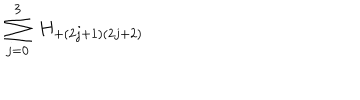
LaTeX: \sum _ { j = 0 } ^ { 3 } \: H _ { + ( 2 j + 1 ) ( 2 j + 2 ) } \: